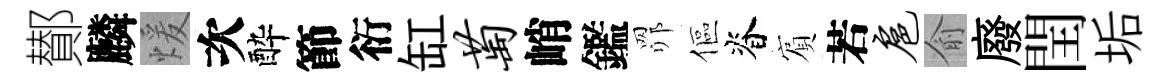
鄼麟煖次酔節衍缸萄峭鑑𦊑傴脊賔若扈俞廢閏垢